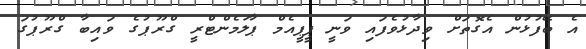
އެ ބޭފުޅުން އެގޮތަށް ވިދާޅުވެފައި ވަނީ ޕީޕީއެމް ޕާލަމެންޓްރީ ގްރޫޕުގެ ވައިބާ ގްރޫޕުގަ